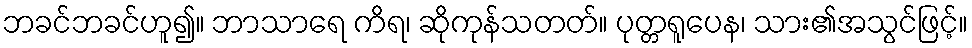
ဘခင်ဘခင်ဟူ၍။ ဘာသာရေ ကိရ၊ ဆိုကုန်သတတ်။ ပုတ္တရူပေန၊ သား၏အသွင်ဖြင့်။